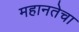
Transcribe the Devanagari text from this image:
महानतेचा